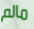
مالم